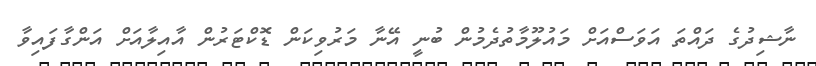
ނާޝިދުގެ ދައްތަ އަވަސްއަށް މައުލޫމާތުދެމުން ބުނީ އޭނާ މަރުވިކަން ޑޮކްޓަރުން އާއިލާއަށް އަންގާފައިވާ